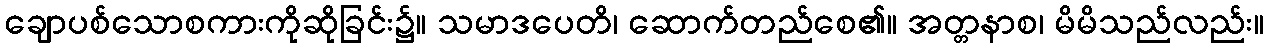
ချောပစ်သောစကားကိုဆိုခြင်း၌။ သမာဒပေတိ၊ ဆောက်တည်စေ၏။ အတ္တနာစ၊ မိမိသည်လည်း။